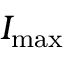
I _ { \mathrm { m a x } }